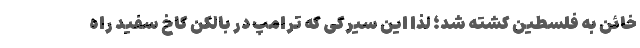
خائن به فلسطین کشته شد؛ لذا این سیرکی که ترامپ در بالکن کاخ سفید راه